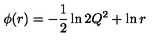
\phi ( r ) = - \frac { 1 } { 2 } \ln 2 Q ^ { 2 } + \ln r